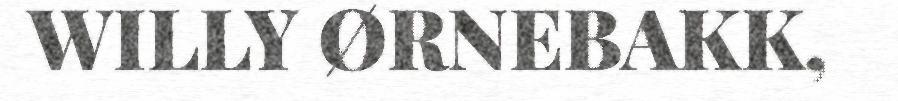
WILLY ØRNEBAKK,